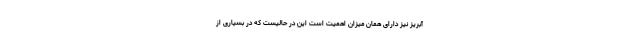
آبریز نیز دارای همان میزان اهمیت است این در حالیست که در بسیاری از